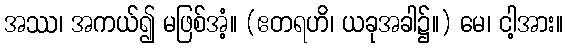
အဿ၊ အကယ်၍ မဖြစ်အံ့။ (ဧတရဟိ၊ ယခုအခါ၌။) မေ၊ ငါ့အား။